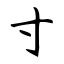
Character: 寸